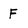
Character: F